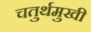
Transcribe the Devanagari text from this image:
चतुर्थमुखी